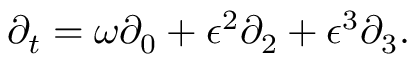
\begin{array} { r } { \partial _ { t } = \omega \partial _ { 0 } + \epsilon ^ { 2 } \partial _ { 2 } + \epsilon ^ { 3 } \partial _ { 3 } . } \end{array}